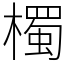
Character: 㯮